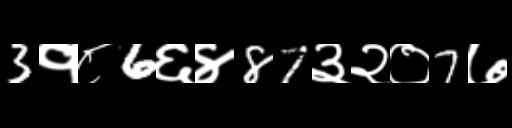
Text: 3१८6६४87३२०7७